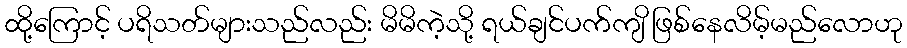
ထို့ကြောင့် ပရိသတ်များသည်လည်း မိမိကဲ့သို့ ရယ်ချင်ပက်ကျိ ဖြစ်နေလိမ့်မည်လောဟု